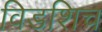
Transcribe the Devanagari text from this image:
विडशिच